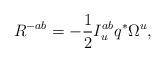
\begin{align*}R^{-ab}=-{1\over 2}I_u^{ab}q^*\Omega^u,\end{align*}